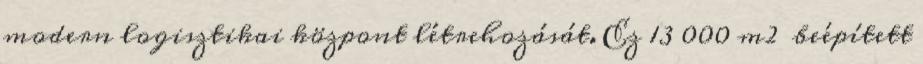
modern logisztikai központ létrehozását. Ez 13 000 m² beépített